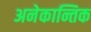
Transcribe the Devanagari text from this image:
अनेकान्तिक